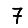
Digit: 7